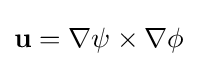
\mathbf {u} =\nabla \psi \times \nabla \phi